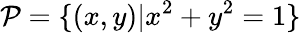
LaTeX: \mathcal{P}=\{ (x,y)|x^{2}+y^{2}=1\}